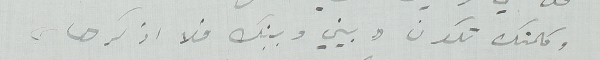
وكلمتك تكون " بيني وبينك فلا اذكرها "